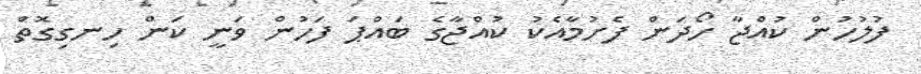
ފުލުހުން ކުއްޖާ ހޯދަން ފެށުމާއެކު ކުއްޖާގެ ބައްޕަ ފަހުން ވަނީ ކަން ހިނގިގޮތް